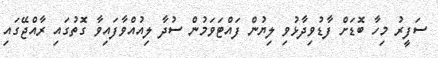
ސަފީރު މިހާ ބޮޑަށް ފާޑުވިދާޅުވި ލިޔުން ފައްޓަވަމުން ސުދާ ލިއުއްވާފައިވާ ގޮތުގައި ރާއްޖޭގައި